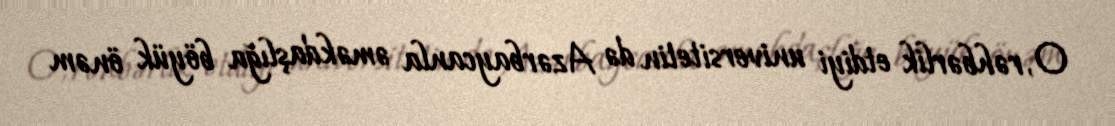
O, rəhbərlik etdiyi universitetin də Azərbaycanla əməkdaşlığa böyük önəm